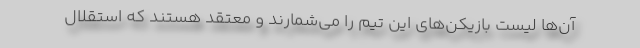
آن‌ها لیست بازیکن‌های این تیم را می‌شمارند و معتقد هستند که استقلال